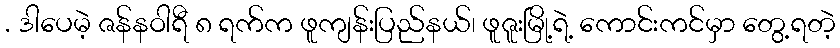
. ဒါပေမဲ့ ဇန်နဝါရီ ၈ ရက်က ဖူကျန်းပြည်နယ်၊ ဖူဇူးမြို့ရဲ့ ကောင်းကင်မှာ တွေ့ရတဲ့